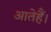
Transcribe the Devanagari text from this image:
आतेहैं।